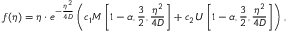
f ( \eta ) = \eta \cdot e ^ { - \frac { \eta ^ { 2 } } { 4 D } } \left( c _ { 1 } M \left[ 1 - \alpha , \frac { 3 } { 2 } , \frac { \eta ^ { 2 } } { 4 D } \right] + c _ { 2 } U \left[ 1 - \alpha , \frac { 3 } { 2 } , \frac { \eta ^ { 2 } } { 4 D } \right] \right) ,